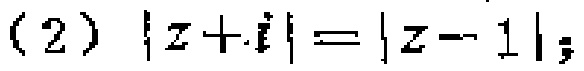
(2) \(|z + i| = |z - 1|\);